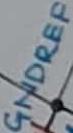
Text: GNDREF